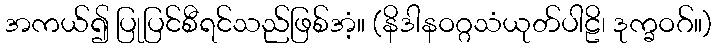
အကယ်၍ ပြုပြင်စီရင်သည်ဖြစ်အံ့။ (နိဒါနဝဂ္ဂသံယုတ်ပါဠိ၊ ဒုက္ခဝဂ်။)